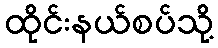
ထိုင်းနယ်စပ်သို့